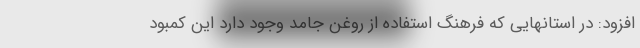
افزود: در استانهایی که فرهنگ استفاده از روغن جامد وجود دارد این کمبود